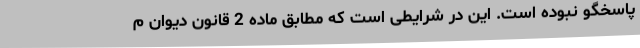
پاسخگو نبوده است. این در شرایطی است که مطابق ماده 2 قانون دیوان م